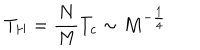
T _ { H } = \frac { N } { M } T _ { c } \sim M ^ { - \frac { 1 } { 4 } }